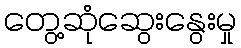
တွေ့ဆုံဆွေးနွေးမှု